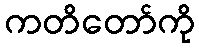
ကတိတော်ကို